Punjab Mental Hospital Lahore 1932-46 - 1932-1946
Year: 1932
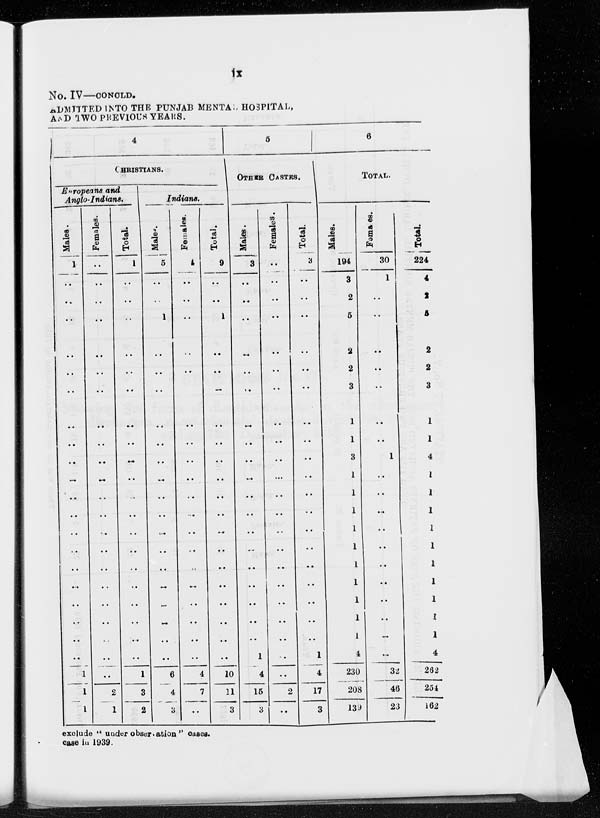
ix
No. IV—CONCLD.
ADMITTED INTO THE PUNJAB MENTAL HOSPITAL,
AND TWO PREVIOUS YEARS.
4
CHRISTIANS.
Europeans and
Anglo-Indians.
Males.
1
..
..
..
..
..
..
..
..
..
...
..
..
..
..
..
..
..
..
..
..
1
1
1
Females.
..
..
..
..
..
..
..
..
..
..
..
..
..
..
..
..
..
..
..
..
..
..
2
1
Total.
1
..
..
..
..
..
..
..
..
..
..
..
..
..
..
..
..
..
..
..
..
1
3
2
Indians.
Males.
5
..
..
1
..
..
..
..
..
..
..
..
..
..
..
..
..
..
..
..
..
6
4
3
Females.
4
..
..
..
..
..
..
..
..
..
..
..
...
..
..
..
..
..
..
..
..
4
7
..
Total.
9
..
..
1
..
..
..
..
..
..
..
..
..
...
..
..
..
..
..
..
..
10
11
3
5
OTHER CASTES.
Males.
3
..
..
..
..
..
..
..
..
..
..
..
..
..
..
..
..
..
..
..
1
4
15
3
Females.
..
..
..
..
..
..
..
..
..
..
..
..
..
..
..
..
..
..
..
..
..
..
2
..
Total.
3
..
..
..
..
..
..
..
..
..
..
..
..
..
..
..
..
..
..
1
4
17
3
6
TOTAL.
Males.
194
3
2
5
2
2
3
1
1
3
1
1
1
1
1
1
1
1
1
1
4
230
208
139
Famaes.
30
1
..
..
..
..
..
..
..
1
..
..
..
..
..
..
..
..
..
..
..
32
46
23
Total.
224
4
2
5
2
2
3
1
1
4
1
1
1
1
1
1
1
1
1
1
4
262
254
162
exclude ''under observation" cases.
case in 1939.